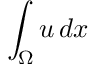
\int _ { \Omega } u \mathop { d x }